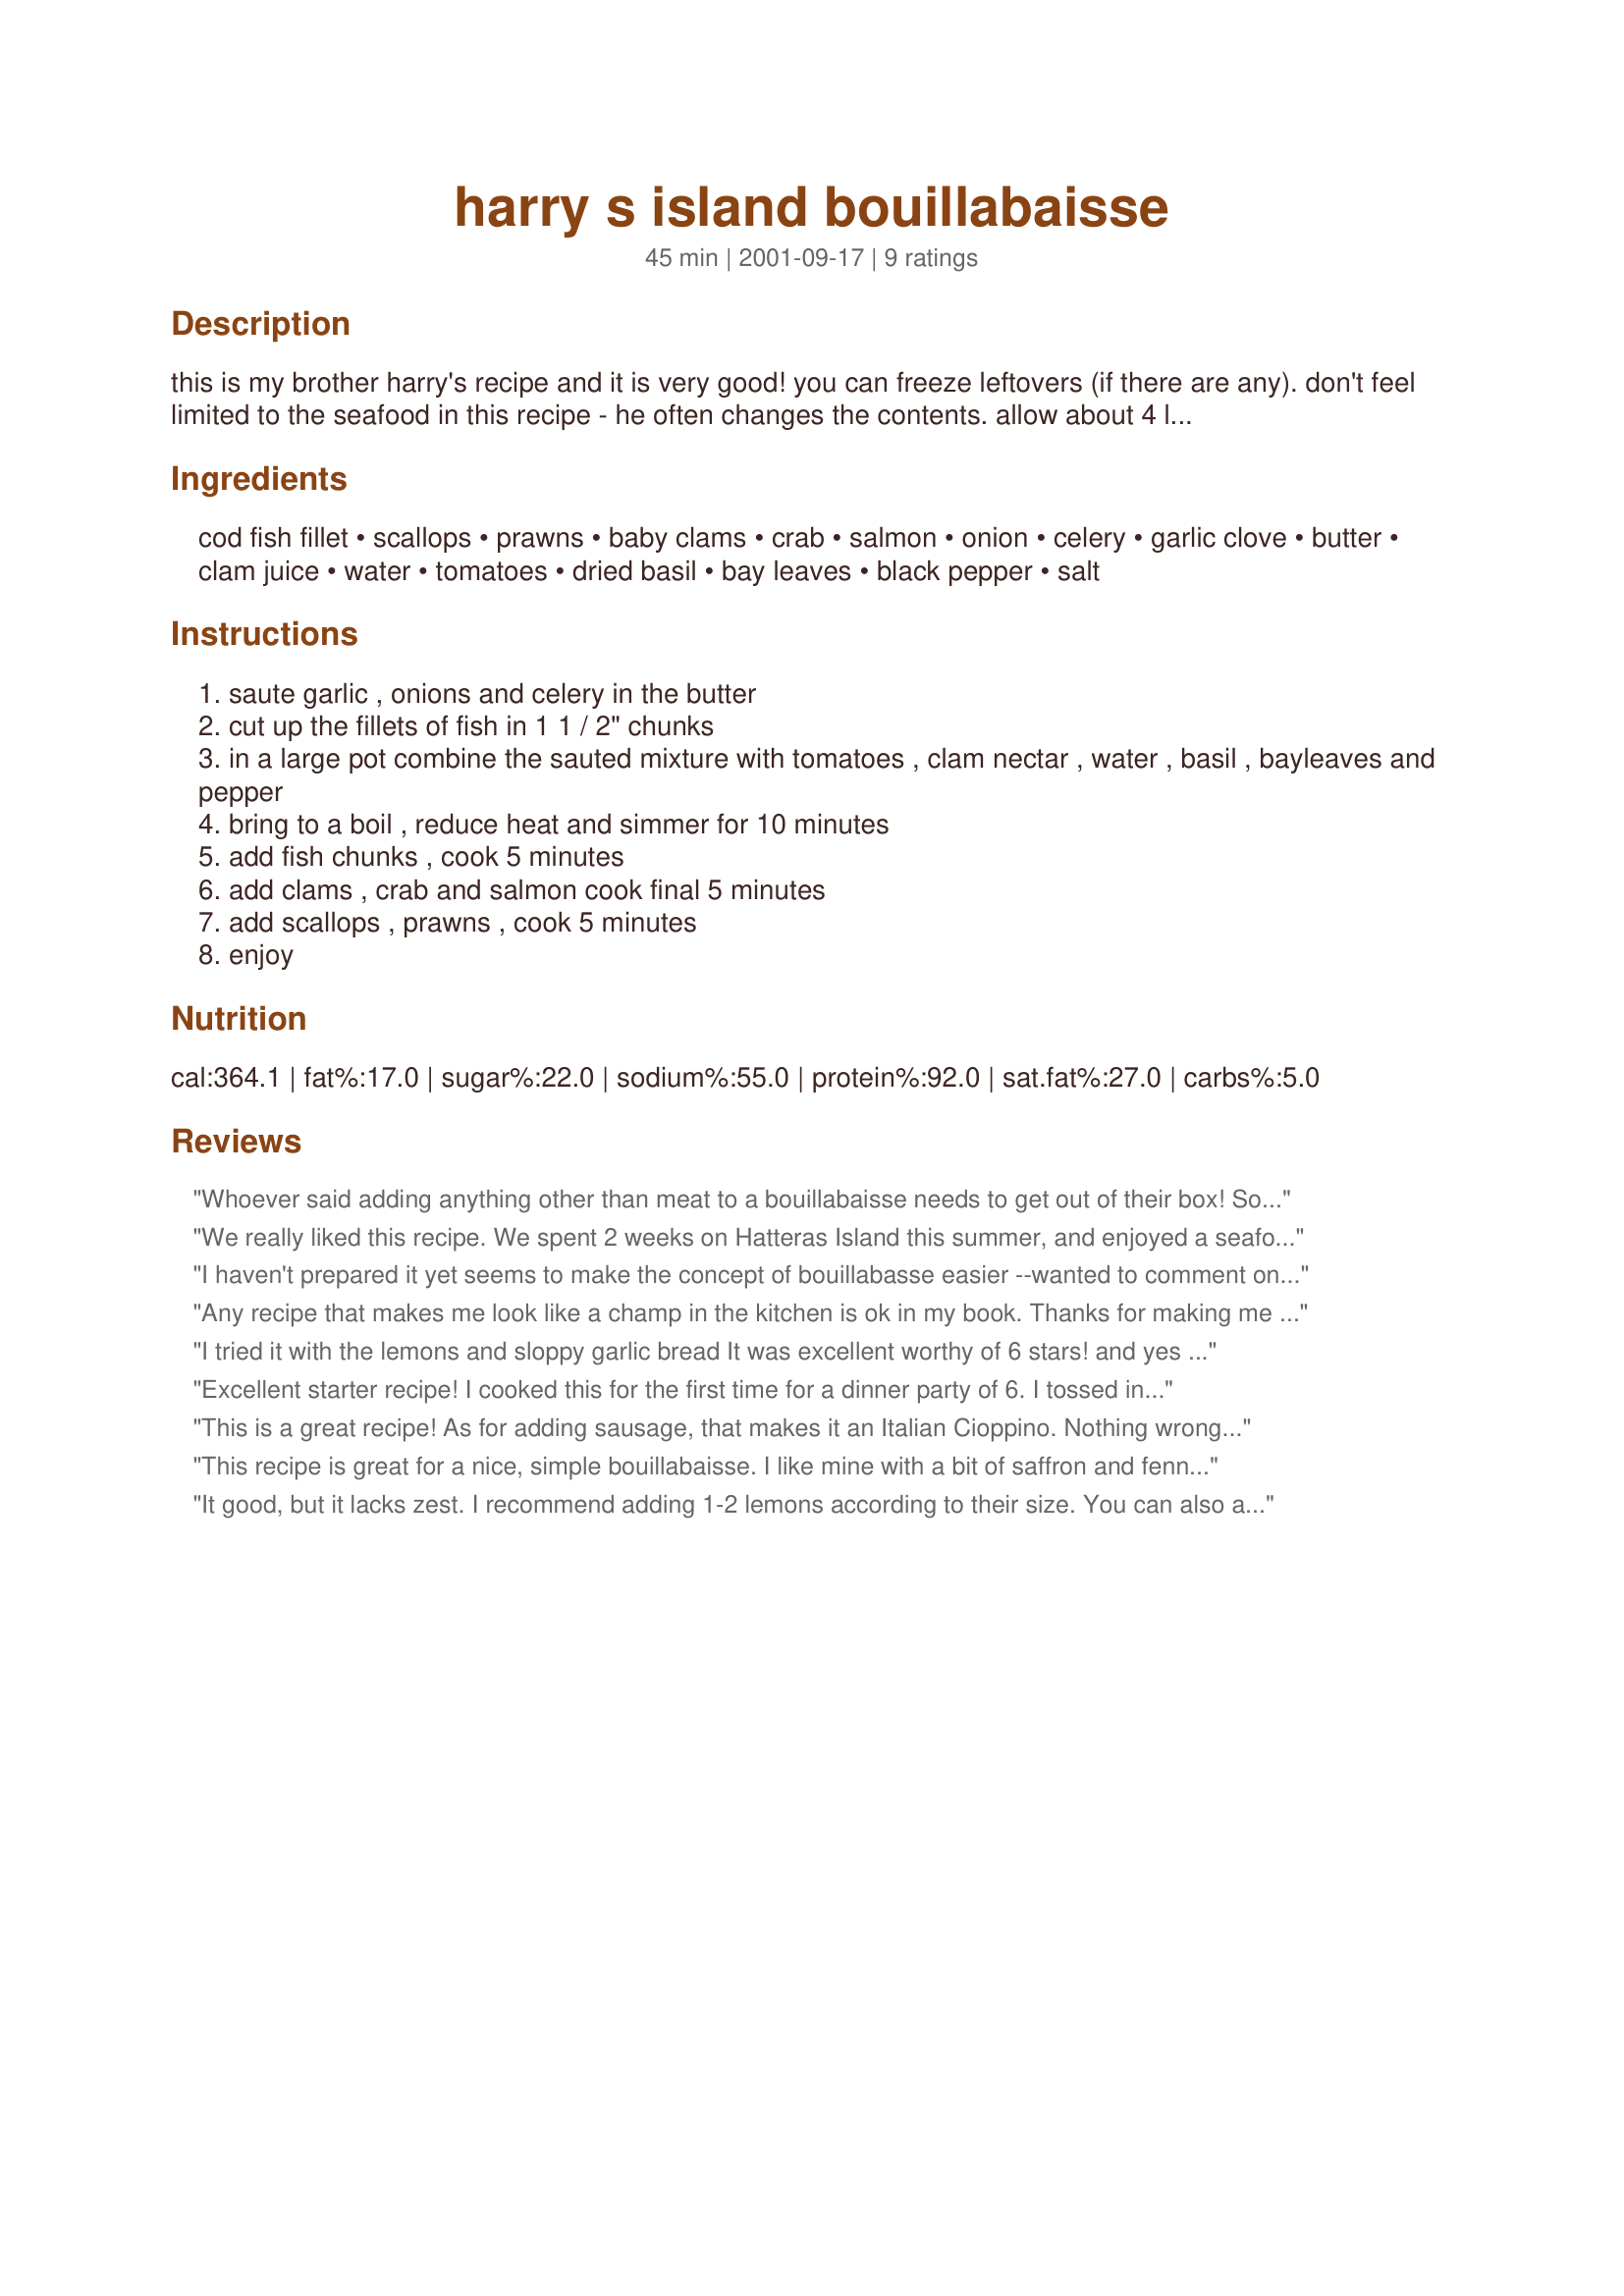
harry s island bouillabaisse
Preparation time: 45 minutes

this is my brother harry's recipe and it is very good! you can freeze leftovers (if there are any). don't feel limited to the seafood in this recipe - he often changes the contents. allow about 4 lbs of fish/seafood for this recipe whatever you decide on. serve with lots of crusty bread and perhaps a salad
use raw shrimp/prawns or they will be tough

Ingredients:
cod fish fillet, scallops, prawns, baby clams, crab, salmon, onion, celery, garlic clove, butter, clam juice, water, tomatoes, dried basil, bay leaves, black pepper, salt

Steps:
saute garlic , onions and celery in the butter
cut up the fillets of fish in 1 1 / 2" chunks
in a large pot combine the sauted mixture with tomatoes , clam nectar , water , basil , bayleaves and pepper
bring to a boil , reduce heat and simmer for 10 minutes
add fish chunks , cook 5 minutes
add clams , crab and salmon cook final 5 minutes
add scallops , prawns , cook 5 minutes
enjoy

Reviews:
Whoever said adding anything other than meat to a bouillabaisse needs to get out of their box! Some chorizo or andouille will make this the best dish in the house... i'm sure this is an obvious suggestion too... but get some fresh fish! use halibut instead of cod! bouillabaisse is endless possibilities! DO WHAT YOU WANT. :)
We really liked this recipe. We spent 2 weeks on Hatteras Island this summer, and enjoyed a seafood stew there, and this is very close to it. Thanks for posting.
I haven't prepared it yet seems to make the concept of bouillabasse easier --wanted to comment on the rater who suggests putting sausage into the dish ---huh???this is a fish dish darlin-don't be swayed harry I'll try it out and let you know --new orleans--maybe if it's not zesty it needs a pinch of spice or 2 and we have that here
sausage indeed--marseillians would cringe
Any recipe that makes me look like a champ in the kitchen is ok in my book. Thanks for making me look like a champ. I used Tilapia as my white fish and regular chopped clams. I bought fresh uncooked med shrimp. The girl at the fish counter told me never to cook already cooked shrimp. In her words, "they'll come out like a dog's chew toy". So in closing, the blend of flavors in this recipe are delectable. And so easy easy easy to make. Thanks so much.
I tried it with the lemons and sloppy garlic bread It was excellent worthy of 6 stars! and yes very easy to make.
Excellent starter recipe! I cooked this for the first time for a dinner party of 6. I tossed in everything seafood and some home made lemon flavored sausage. Clam juice is hard to find in Tokyo, so I substituted fish broth and that did the trick. Thanks Harry for a wonderful recipe!!
This is a great recipe! As for adding sausage, that makes it an Italian Cioppino. Nothing wrong with that. Some spicy Italian sausage might perk it up for some of the readers who find this bland. Right before serving, I like to add some fat free half and half (cream or double cream) making it more of and Irish dish! Fine as written but there are a lot variations that can be had here. I leave out the garlic because it tends to mask the other flavors and if you add sausage it probably has garlic in it. Be sure to add your shrimp at the last moment and wait until they turn pink. If you overcook them they become rubbery.
This recipe is great for a nice, simple bouillabaisse. I like mine with a bit of saffron and fennel seed so I added that in and it was perfect! :)
It good, but it lacks zest. I recommend adding 1-2 lemons according to their size. You can also add rice and sausage.
